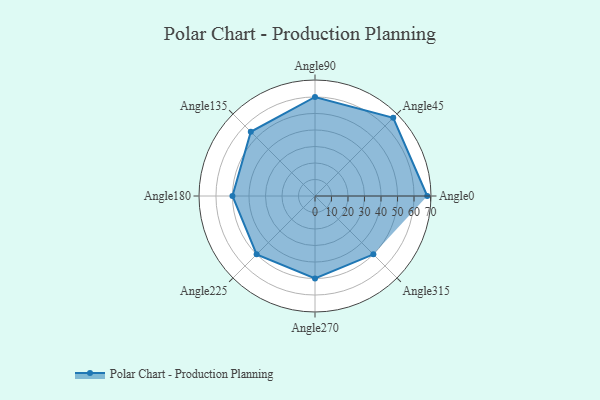
{"axis": {"x": "Angle", "y": "Radius"}, "legend": [""], "data": [{"x": "Angle0", "y": 68.0, "type": ""}, {"x": "Angle45", "y": 67.0, "type": ""}, {"x": "Angle90", "y": 60.0, "type": ""}, {"x": "Angle135", "y": 55.0, "type": ""}, {"x": "Angle180", "y": 50, "type": ""}, {"x": "Angle225", "y": 50, "type": ""}, {"x": "Angle270", "y": 50, "type": ""}, {"x": "Angle315", "y": 50, "type": ""}]}